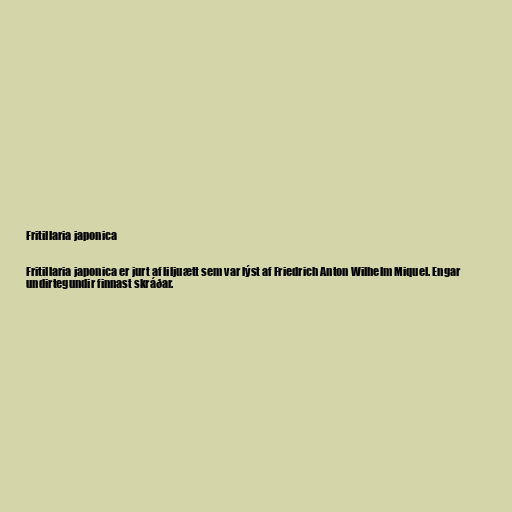
Fritillaria japonica

Fritillaria japonica er jurt af liljuætt sem var lýst af Friedrich Anton Wilhelm Miquel. Engar
undirtegundir finnast skráðar.